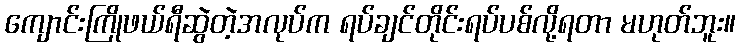
ကျောင်းကြိုဖယ်ရီဆွဲတဲ့အလုပ်က ရပ်ချင်တိုင်းရပ်ပစ်လို့ရတာ မဟုတ်ဘူး။